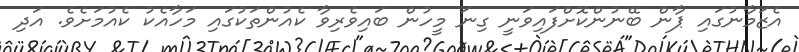
އެޒަމާނުގައި ޕާން ބޭނުންކޮށްފައިވަނީ ގިނަ މީހުން ބައިވެރިވާ ކެއުންތަކުގައި މަހާއެކު ކެއުމަށެވެ. އަދި